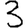
Digit: 3